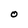
Character: O